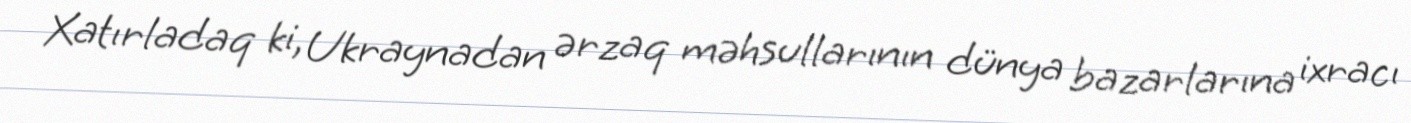
Xatırladaq ki, Ukraynadan ərzaq məhsullarının dünya bazarlarına ixracı